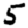
Digit: 5